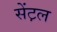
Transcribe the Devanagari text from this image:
सेंट़ल